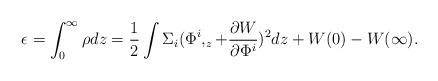
LaTeX: \begin{align*}\epsilon=\int _0 ^\infty \rho dz =\frac 12 \int\Sigma _i( \Phi ^i,_z + \frac {\partial W}{\partial\Phi ^i})^2 dz + W(0) -W(\infty).\end{align*}